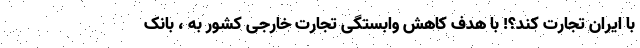
با ایران تجارت کند؟! با هدف کاهش وابستگی تجارت خارجی کشور به ، بانک